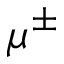
\mu ^ { \pm }